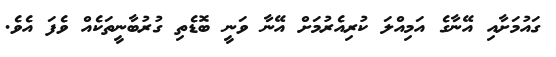
ގައުމަށާއި އޭނާގެ އަމިއްލަ ކުރިއެރުމަށް އޭނާ ވަނީ ބޮޑެތި ގުރުބާނީތަކެއް ވެފަ އެވެ.